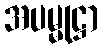
အပမ္မုဋ္ဌာ